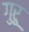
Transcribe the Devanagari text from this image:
गुरूु